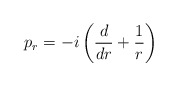
\begin{align*}p_r = -i\left( \frac{d}{dr} + \frac{1}{r} \right)\end{align*}